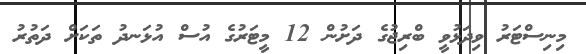
މިނިސްޓަރު ވިދަޅުވީ ބްރިޖުގެ ދަށުން 12 މީޓަރުގެ އުސް އުޅަނދު ތަކަށް ދަތުރު